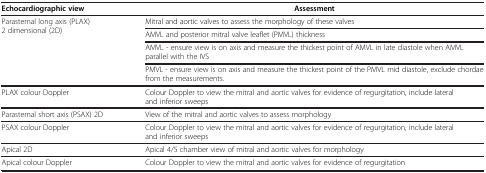
<table><thead><tr><td><b>Echocardiographic view</b></td><td><b>Assessment</b></td></tr></thead><tbody><tr><td rowspan="4">Parasternal long axis (PLAX) 2 dimensional (2D)</td><td>Mitral and aortic valves to assess the morphology of these valves</td></tr><tr><td>AMVL and posterior mitral valve leaflet (PMVL) thickness</td></tr><tr><td>AMVL - ensure view is on axis and measure the thickest point of AMVL in late diastole when AMVL parallel with the IVS</td></tr><tr><td>PMVL - ensure view is on axis and measure the thickest point of the PMVL mid diastole, exclude chordae from the measurements.</td></tr><tr><td>PLAX colour Doppler</td><td>Colour Doppler to view the mitral and aortic valves for evidence of regurgitation, include lateral and inferior sweeps</td></tr><tr><td>Parasternal short axis (PSAX) 2D</td><td>View of the mitral and aortic valves to assess morphology</td></tr><tr><td>PSAX colour Doppler</td><td>Colour Doppler to view the mitral and aortic valves for evidence of regurgitation, include lateral and inferior sweeps</td></tr><tr><td>Apical 2D</td><td>Apical 4/5 chamber view of mitral and aortic valves for morphology</td></tr><tr><td>Apical colour Doppler</td><td>Colour Doppler to view the mitral and aortic valves for evidence of regurgitation</td></tr></tbody></table>